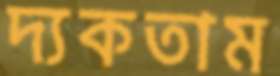
দ্যকতাম